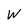
Character: W